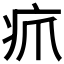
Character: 𪽫